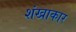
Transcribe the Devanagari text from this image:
शंखाकार